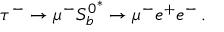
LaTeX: \tau ^ { - } \to \mu ^ { - } { S _ { b } ^ { 0 } } ^ { \ast } \to \mu ^ { - } e ^ { + } e ^ { - } \, .